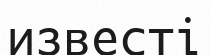
известі